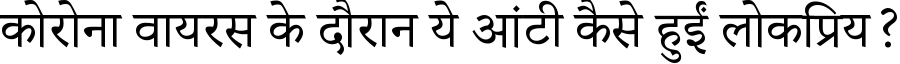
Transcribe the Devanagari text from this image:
कोरोना वायरस के दौरान ये आंटी कैसे हुईं लोकप्रिय?